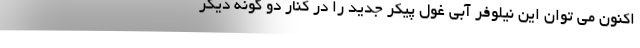
اکنون می توان این نیلوفر آبی غول پیکر جدید را در کنار دو گونه دیگر